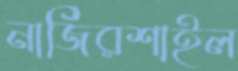
নাজিরশাইল